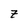
Character: z